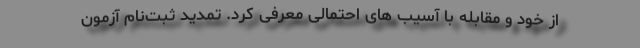
از خود و مقابله با آسیب های احتمالی معرفی کرد. تمدید ثبت‌نام آزمون